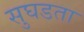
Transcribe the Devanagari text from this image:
सुघडता